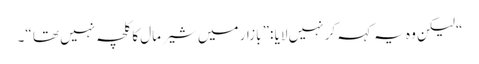
“ لیکن وہ یہ کہہ کر نہیں لایا :” بازار میں شیر مال کا کلچہ نہیں تھا “۔